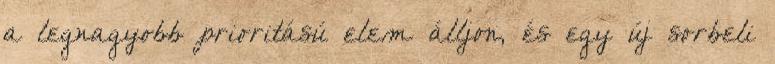
a legnagyobb prioritású elem álljon, és egy új sorbeli